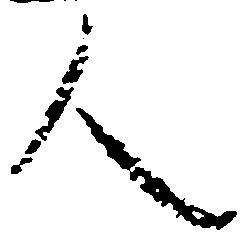
人